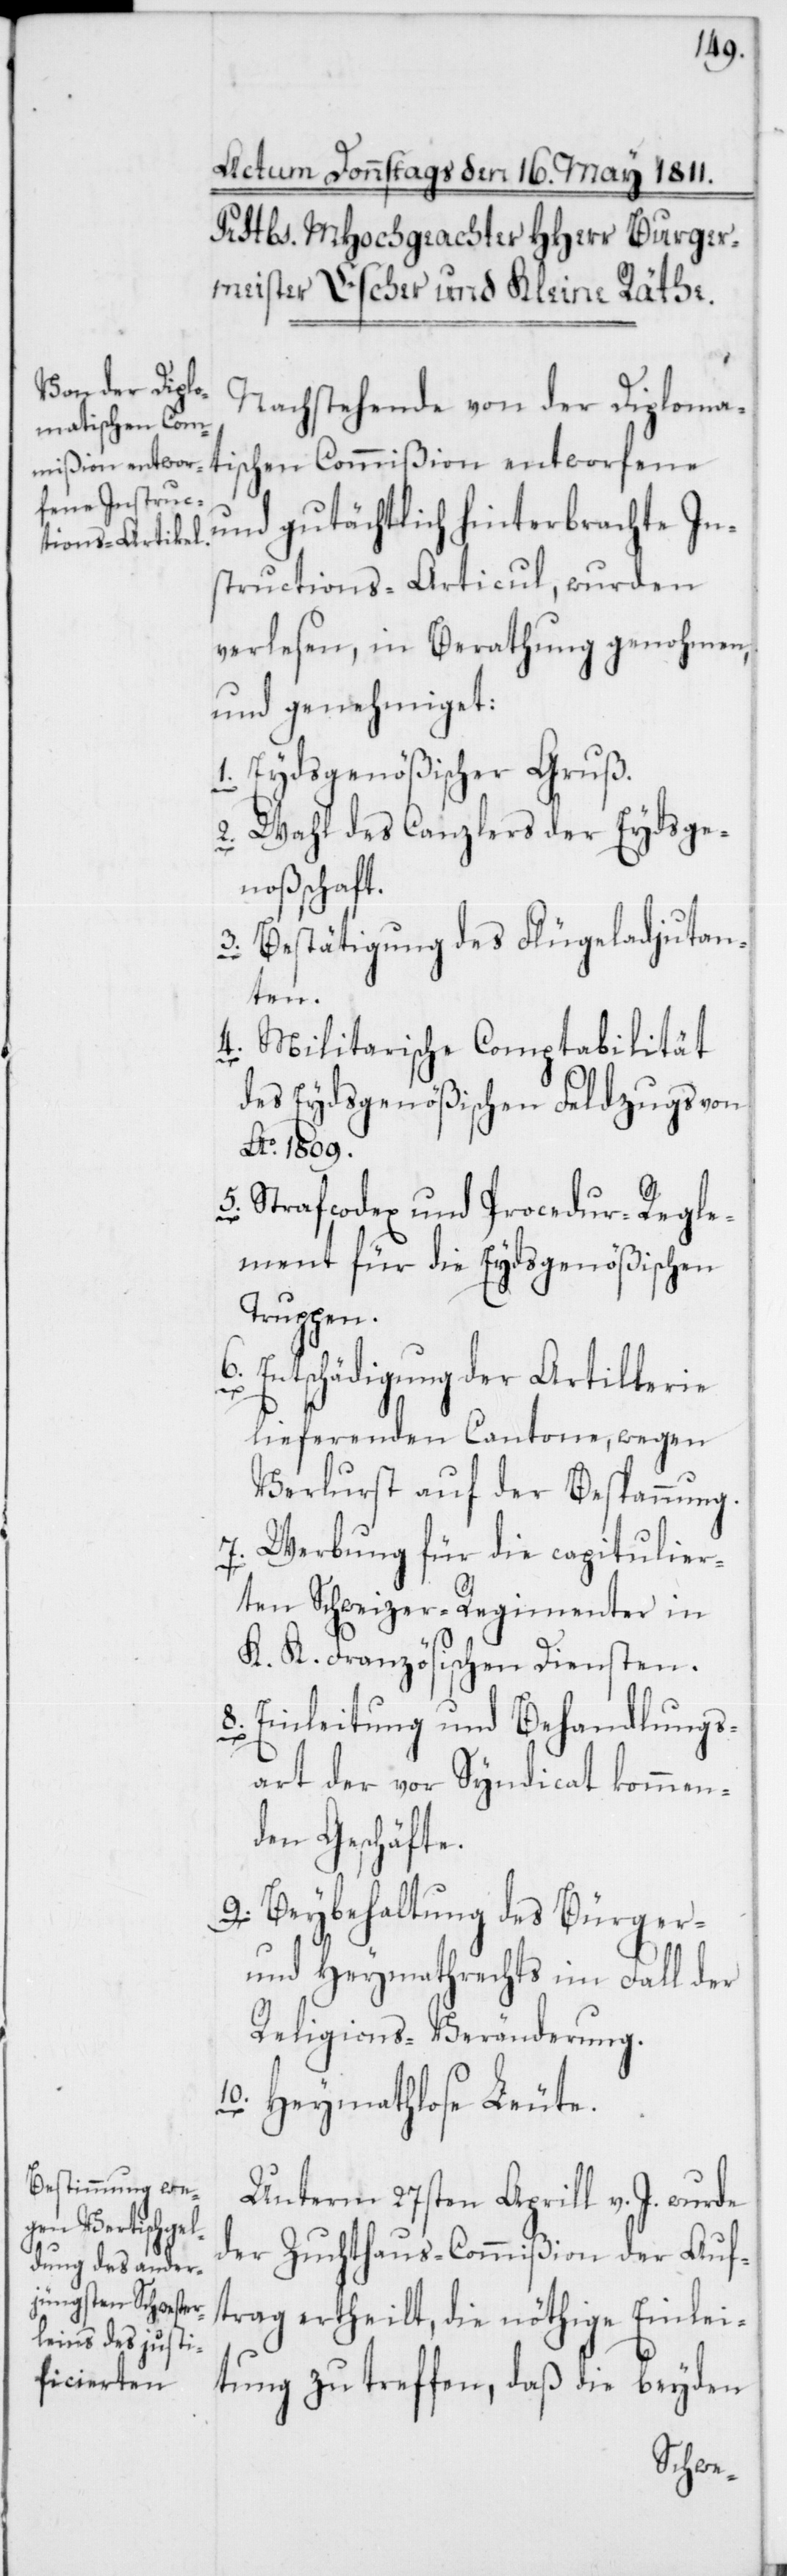
Nachstehende von der Diplom¬
atischen Commi¬
ßion entworfene und gutächtlich hinterbrachte In¬
structions-Articul, wurden
verlesen, in Berathung genohmen
und genehmiget:
1. Eydsgenößischer Gruß.
2. Wahl des Canzlers der Eydsge¬
noßschaft.
3. Bestätigung des Flügeladjutan¬
ten.
4. Militarische Comptabilität
des Eydsgenößischen Feldzugs von
Ao. 1809.
5. Strafcodex und Procedur-Regle¬
ment für die Eydsgenößischen
Truppen.
6. Entschädigung der Artillerie
lieferenden Cantone, wegen
Verlust auf der Bespannung.
7. Werbung für die capitulier¬
ten Schweizer-Regimenter in
K. K. Französischen Diensten.
8. Einleitung und Behandlungs¬
art der vor Syndicat kommen¬
den Geschäfte.
9. Beybehaltung des Bürger-
und Heymathrechts im Fall der
Religions-Veränderung.
10. Heymathlose Leute.
Unterm 27sten Aprill v. J. wurde
der Zuchthaus-Commißion der Auf¬
trag ertheilt, die nöthige Einlei¬
tung zu treffen, daß die beyden